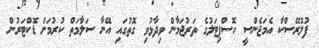
ފުލޮރޭސްކާ އެމަޖެންސީ ހޮސްޕިޓަލުގެ ތަރުޖަމާން ވިދާޅުވި ގޮތުގައި އޭނާ ސަލާމަތް ކުރުމަށް ޑޮކްޓަރުން